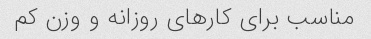
مناسب برای کارهای روزانه و وزن کم